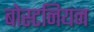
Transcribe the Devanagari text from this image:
बोस्टनियन